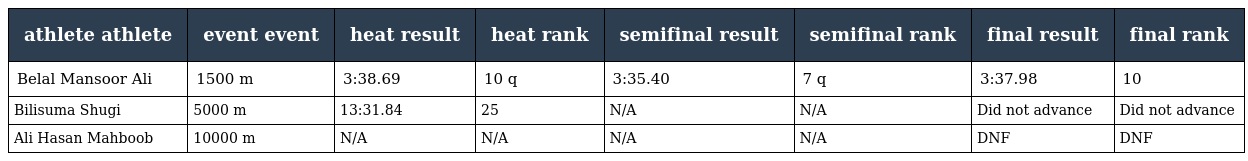
| athlete athlete | event event | heat result | heat rank | semifinal result | semifinal rank | final result | final rank |
 | --- | --- | --- | --- | --- | --- | --- | --- |
 | Belal Mansoor Ali | 1500 m | 3:38.69 | 10 q | 3:35.40 | 7 q | 3:37.98 | 10 |
 | Bilisuma Shugi | 5000 m | 13:31.84 | 25 | N/A | N/A | Did not advance | Did not advance |
 | Ali Hasan Mahboob | 10000 m | N/A | N/A | N/A | N/A | DNF | DNF |